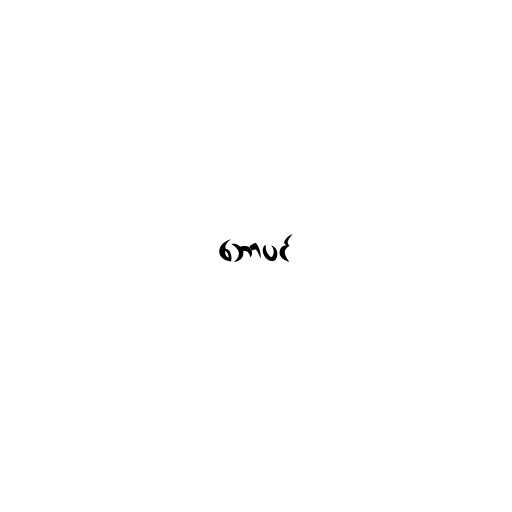
ဘောပင်